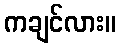
ကချင်လား။